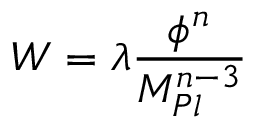
W = \lambda { \frac { \phi ^ { n } } { M _ { P l } ^ { n - 3 } } } ~